Civil Veterinary Department. United Provinces 1923-31 - 1923-1931
Year: 1923
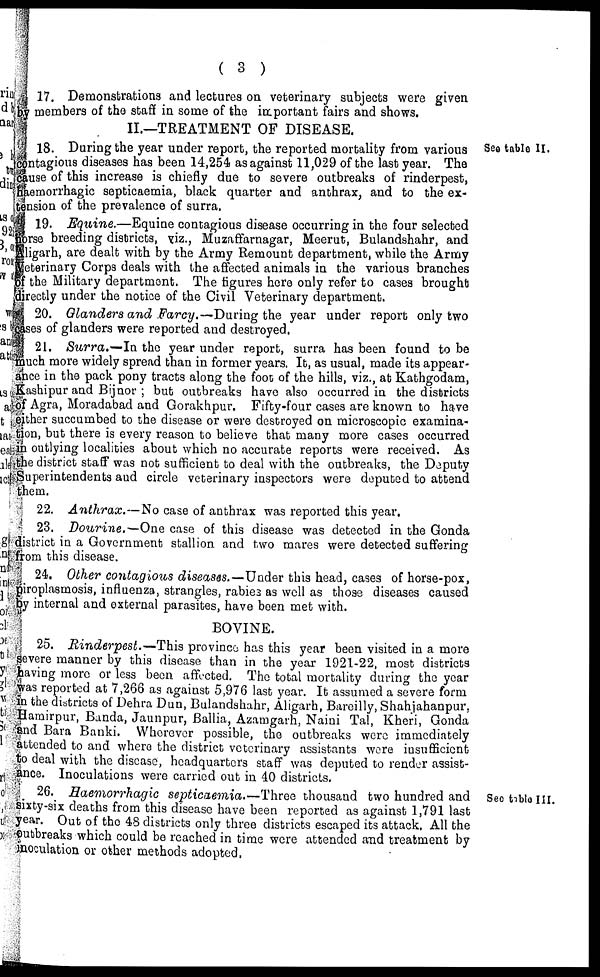
( 3 )
17. Demonstrations and lectures on veterinary subjects were given
members of the staff in some of the important fairs and shows.
II.—TREATMENT OF DISEASE.
See table II.
18. During the year under report, the reported mortality from various
ntagious diseases has been 14,254 as against 11,029 of the last year. The
use of this increase is chiefly due to severe outbreaks of rinderpest,
hemorrhagic septicaemia, black quarter and anthrax, and to the ex-
Dsion of the prevalence of surra.
19. Equine.—Equine contagious disease occurring in the four selected
rse breeding districts, viz., Muzaffarnagar, Meerut, Bulandshahr, and
igarh, are dealt with by the Army Remount department, while the Army
Veterinary Corps deals with the affected animals in the various branches
the Military department. The figures here only refer to cases brought
rectly under the notice of the Civil Veterinary department.
20. Glanders and Farcy.—During the year under report only two
ses of glanders were reported and destroyed.
21. Surra.—In the year under report, surra has been found to be
uch more widely spread than in former years. It, as usual, made its appear-
ce in the pack pony tracts along the foot of the hills, viz., at Kathgodam,
ashipur and Bijnor; but outbreaks have also occurred in the districts
Agra, Moradabad and Gorakhpur. Fifty-four cases are known to have
ther succumbed to the disease or were destroyed on microscopic examina-
tion, but there is every reason to believe that many more cases occurred
outlying localities about which no accurate reports were received. As
e district staff was not sufficient to deal with the outbreaks, the Deputy
Superintendents and circle veterinary inspectors were deputed to attend
them.
22. Anthrax.—No case of anthrax was reported this year,
23. Dourine.—One case of this disease was detected in the Gonda
strict in a Government stallion and two mares were detected suffering
from this disease.
24. Other contagious diseases.—Under this head, cases of horse-pox,
iroplasmosis, influenza, strangles, rabies as well as those diseases caused
f internal and external parasites, have been met with.
BOVINE.
25. Rinderpest.—This province has this year been visited in a more
evere manner by this disease than in the year 1921-22, most districts
laving more or less been affected. The total mortality during the year
pas reported at 7,266 as against 5,976 last year. It assumed a severe form
a the districts of Dehra Dun, Bulandshahr, Aligarh, Bareilly, Shahjahanpur,
Hamirpur, Banda, Jaunpur, Ballia, Azamgarh, Naini Tal, Kheri, Gonda
and Bara Banki. Whorever possible, the outbreaks were immediately
attended to and where the district veterinary assistants were insufficient
fo deal with the disease, headquarters staff was deputed to render assist-
ance. Inoculations were carried out in 40 districts.
See table III.
26. Haemorrhagic septicaemia.—Three
thousand two hundred and
sixty-six deaths from this disease have been reported as against 1,791 last
ear. Out of the 48 districts only three districts escaped its attack. All the
ubbreaks which could be reached in time were attended and treatment by
noculation or other methods adopted.